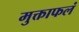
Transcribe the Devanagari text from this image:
मुक्ताफलं